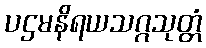
ပဌမနိရယသဂ္ဂသုတ္တံ